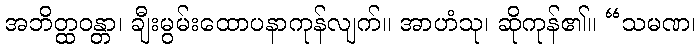
အဘိတ္ထဝန္တာ၊ ချီးမွမ်းထောပနာကုန်လျက်။ အာဟံသု၊ ဆိုကုန်၏။ “သမဏ၊